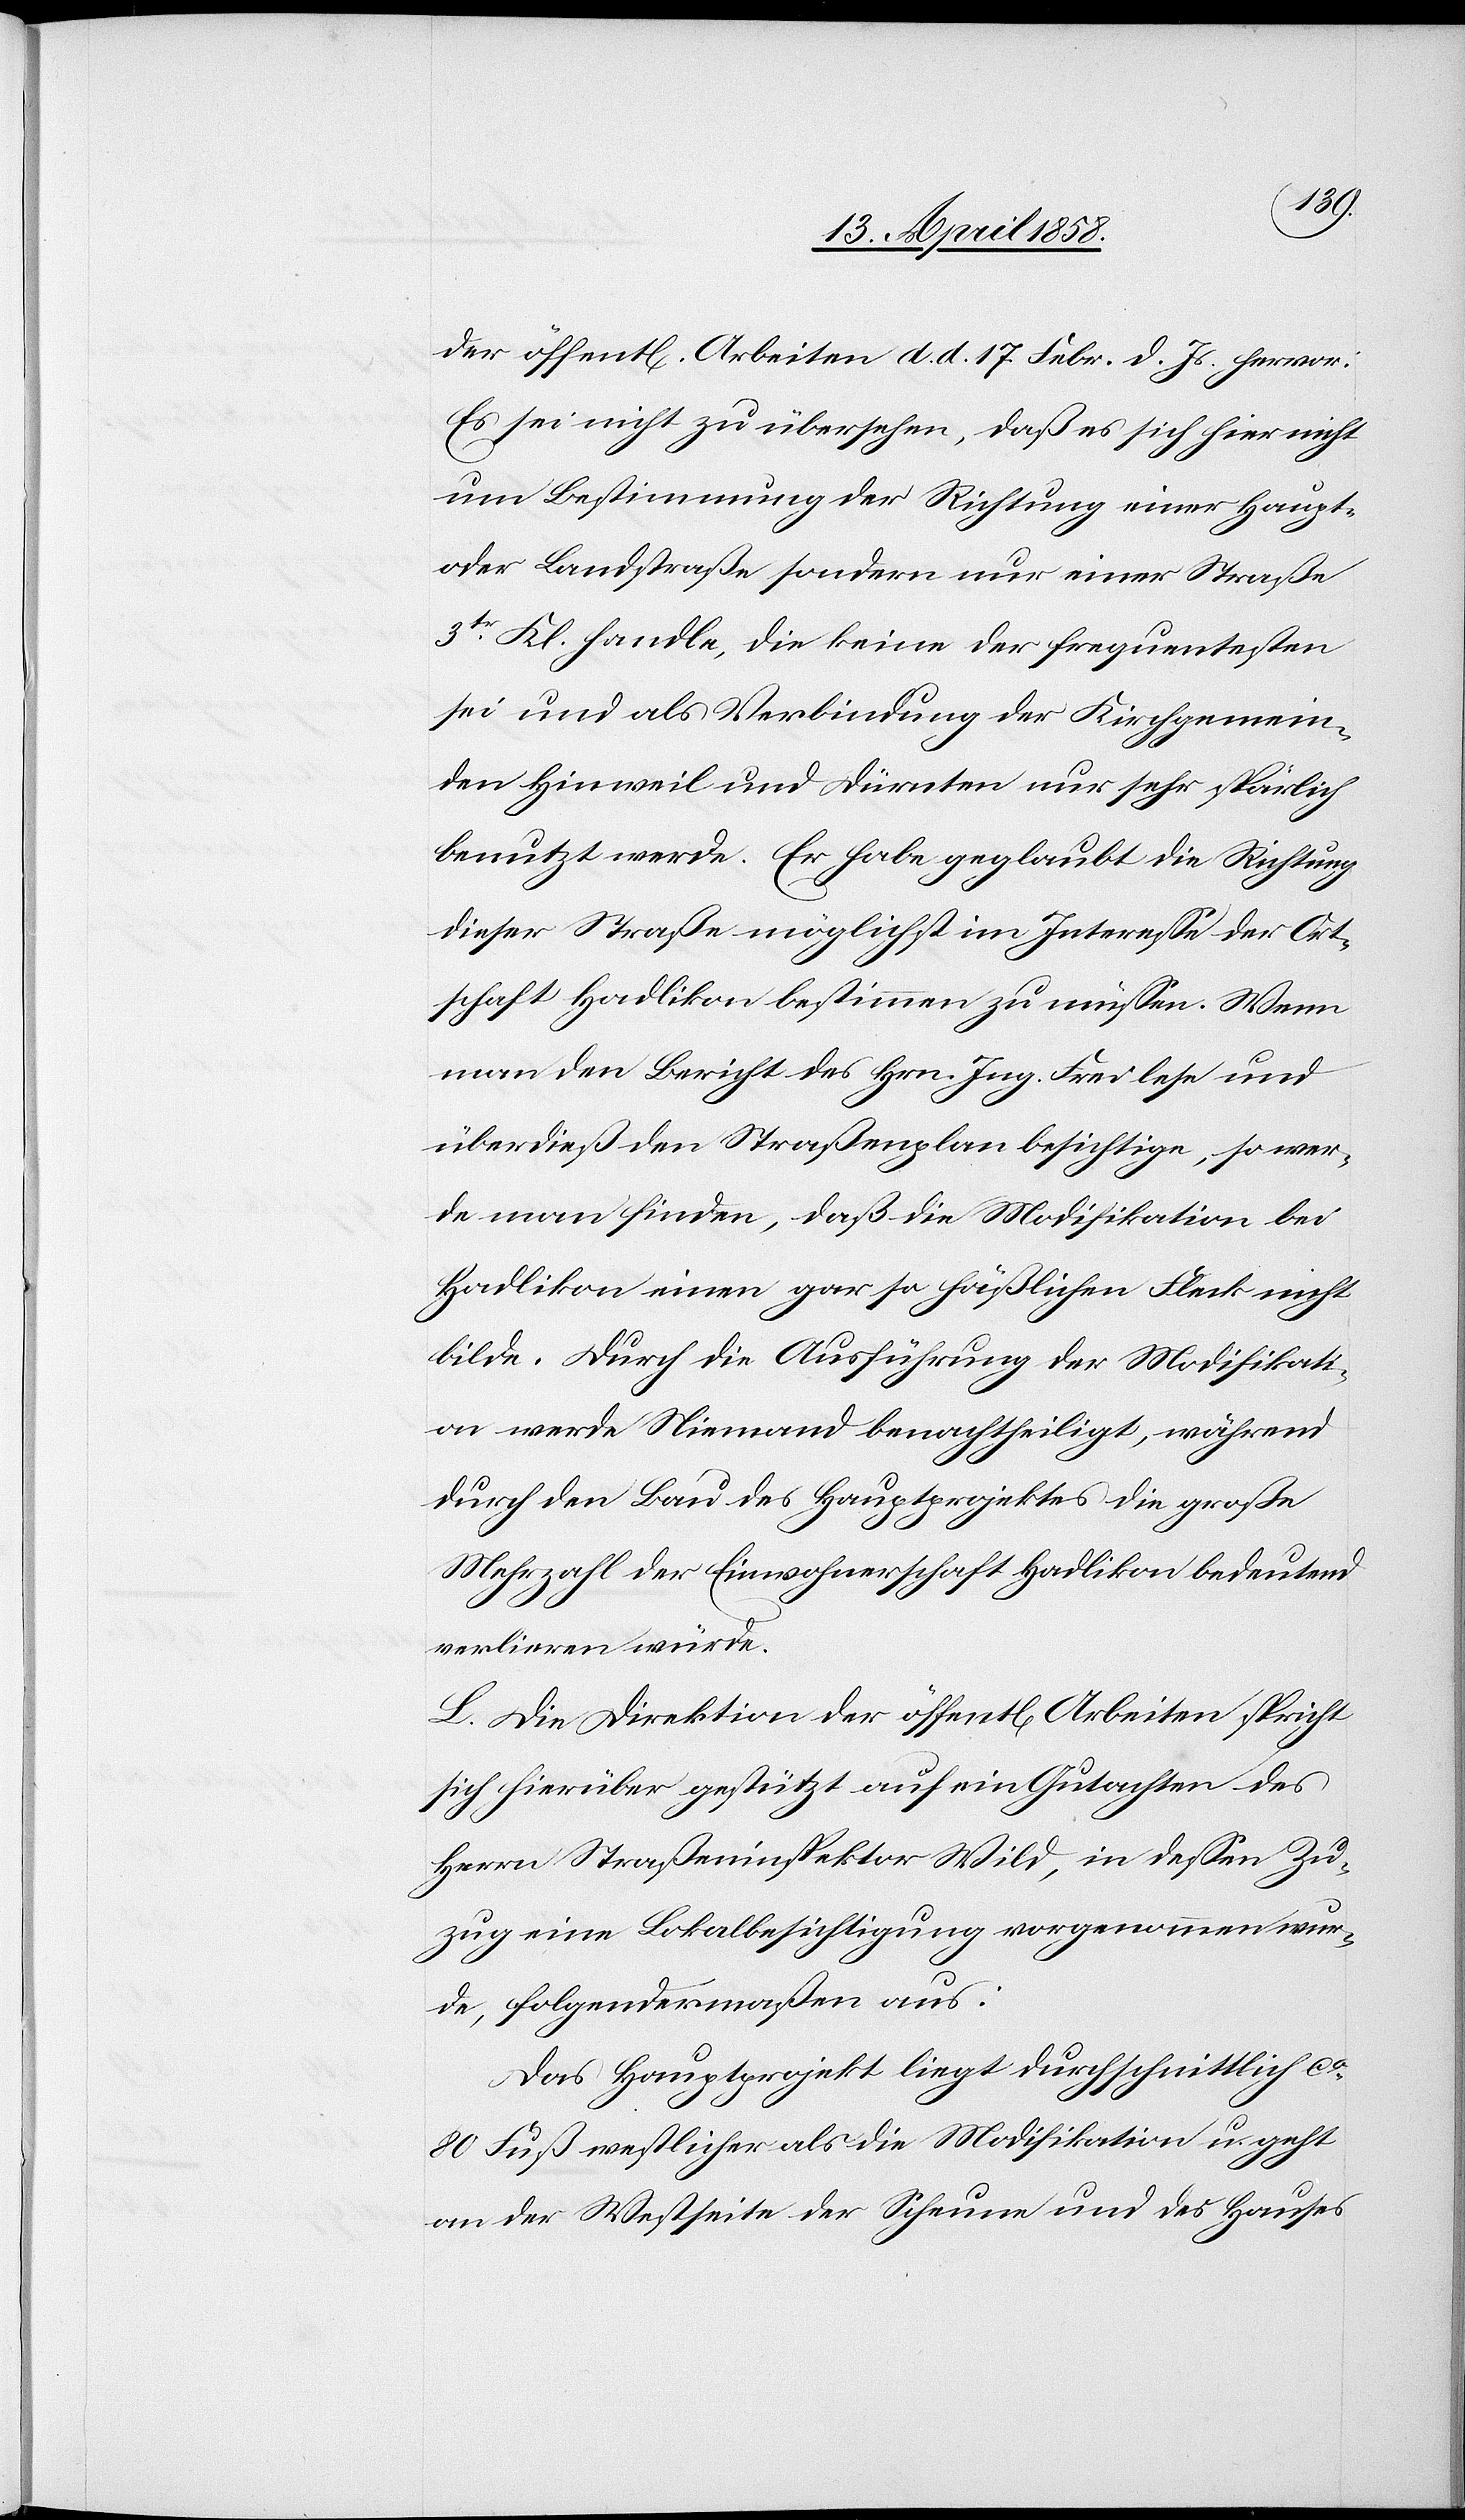
der öffent[lichen] Arbeiten d. d. 17. Febr. d. Js. hervor.
Es sei nicht zu übersehen, daß es sich hier nicht
um Bestimmung der Richtung einer Haupt-
oder Landstraße sondern nur einer Straße
3tr Kl. handle, die keine der frequentesten
sei und als Verbindung der Kirchgemein¬
den Hinweil und Dürnten nur sehr spärlich
benutzt werde. Er habe geglaubt die Richtung
dieser Straße möglichst im Interesse der Ort¬
schaft Hadlikon bestimmen zu müssen. Wenn
man den Bericht des Hrn. Ing. Frei lese und
überdieß den Straßenplan besichtige, so wer¬
de man finden, daß die Modifikation bei
Hadlikon einen gar so häßlichen Fleck nicht
bilde. Durch die Ausführung der Modifikati¬
on werde Niemand benachtheiligt, während
durch den Bau des Hauptprojektes die große
Mehrzahl der Einwohnerschaft Hadlikon bedeutend
verlieren würde.
L. Die Direktion der öffent[lichen] Arbeiten spricht
sich hierüber gestützt auf sein Gutachten des
Herrn Straßeninspektor Wild, in dessen Zu¬
zug eine Lokalbesichtigung vorgenommen wur¬
de, folgendermaßen aus:
Das Hauptprojekt liegt durchschnittlich ca
80 Fuß westlicher als die Modifikation u. geht
an der Westseite der Scheune und des Hauses